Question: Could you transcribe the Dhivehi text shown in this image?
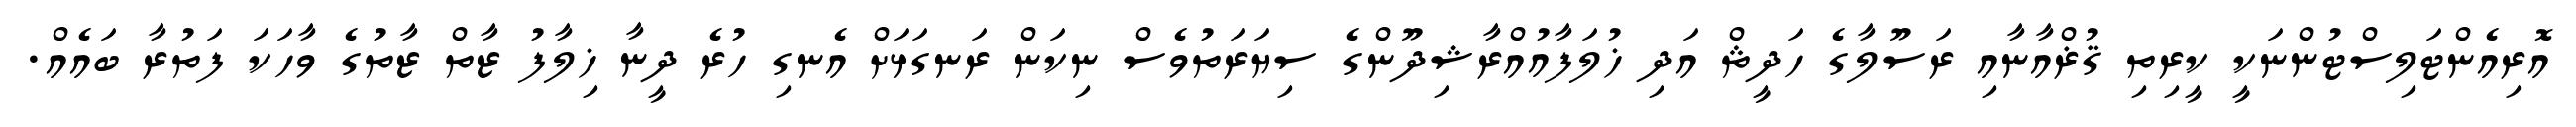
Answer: އޮރިއެންޓަލިސްޓުންނަކީ ކީރިތި ޤުޜްއާނާއި ރަސޫލާގެ ހަދީޘް އަދި ޚުލަފާއުއްރާޝިދޫންގެ ސިޔަރަތުވެސް ނިކަން ރަނގަޅަށް އެނގި ހުރެ ދީނާ ޚިލާފު ޒާތް ޒާތުގެ ވާހަކަ ފަތުރާ ބައެއް.